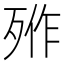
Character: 𣨐